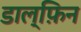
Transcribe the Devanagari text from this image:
डाल्फ़िन